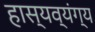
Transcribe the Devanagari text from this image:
हास्यव्यंग्य